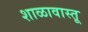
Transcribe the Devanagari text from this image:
शाळावास्तू